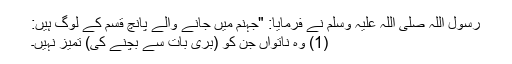
رسول اللہ صلی اللہ علیہ وسلم نے فرمایا: "جہنم میں جانے والے پانچ قسم کے لوگ ہیں:
(1) وہ ناتواں جن کو (بری بات سے بچنے کی) تمیز نہیں۔